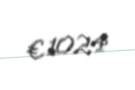
€ 1024